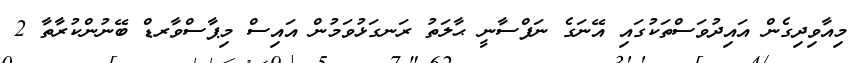
މިއާވިދިގެން އައިދުވަސްތަކުގައި އޭނަގެ ނަފްސާނީ ޙާލަތު ރަނގަޅުވަމުން އައިސް މިޕާސްވާރޑް ބޭނުންކުރާތާ 2